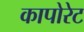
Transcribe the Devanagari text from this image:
कापोरेट